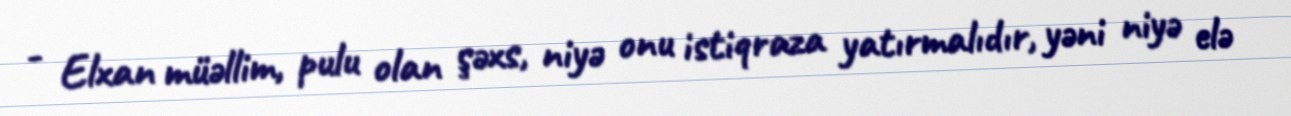
- Elxan müəllim, pulu olan şəxs, niyə onu istiqraza yatırmalıdır, yəni niyə elə